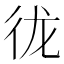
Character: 𪫌